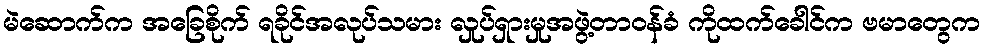
မဲဆောက်က အခြေစိုက် ရခိုင်အလုပ်သမား လှုပ်ရှားမှုအဖွဲ့တာဝန်ခံ ကိုထက်ခေါင်က ဗမာတွေက